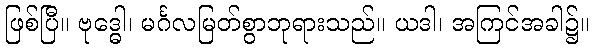
ဖြစ်ပြီ။ ဗုဒ္ဓေါ၊ မင်္ဂလမြတ်စွာဘုရားသည်။ ယဒါ၊ အကြင်အခါ၌။